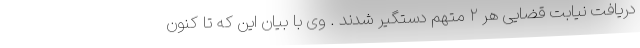
دریافت نیابت قضایی هر ۲ متهم دستگیر شدند . وی با بیان این که تا کنون